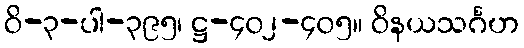
ဝိ-၃-ပါ-၃၉၅၊ ဋ္ဌ-၄၀၂-၄၀၅။ ဝိနယသင်္ဂဟ